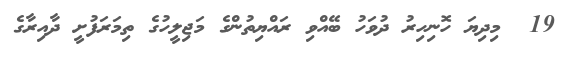
19  މިދިޔަ ހޮނިހިރު ދުވަހު ބޭއްވި ރައްޔިތުންގެ މަޖިލީހުގެ ތިމަރަފުށީ ދާއިރާގެ